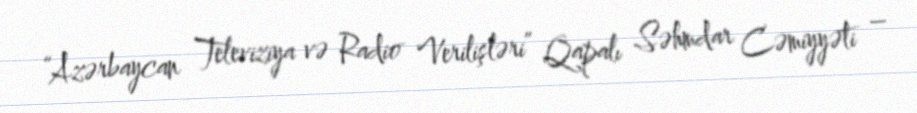
“Azərbaycan Televiziya və Radio Verilişləri” Qapalı Səhmdar Cəmiyyəti –